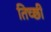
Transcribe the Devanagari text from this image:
तिच्छी